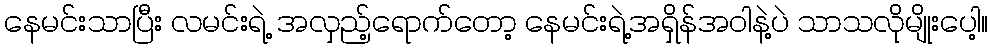
နေမင်းသာပြီး လမင်းရဲ့ အလှည့်ရောက်တော့ နေမင်းရဲ့အရှိန်အဝါနဲ့ပဲ သာသလိုမျိုးပေါ့။